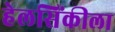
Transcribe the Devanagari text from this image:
हेलसिंकीला